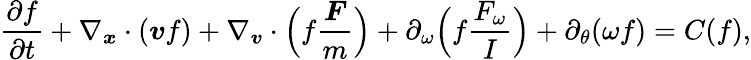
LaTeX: \frac{\partial f}{\partial t}+\nabla_{\boldsymbol{x}}\cdot(\boldsymbol{v}f)+\nabla_{\boldsymbol{v}}\cdot\Big(f\frac{\boldsymbol{F}}{m}\Big)+\partial_{\omega}\Big(f\frac{F_{\omega}}{I}\Big)+\partial_{\theta}(\omega f)=C(f),